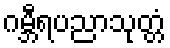
ဂမ္ဘီရပညာသုတ္တံ